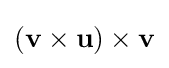
(\mathbf {v} \times \mathbf {u} )\times \mathbf {v}